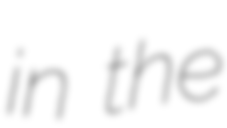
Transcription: in the